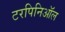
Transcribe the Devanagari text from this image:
टरपिनिऑल